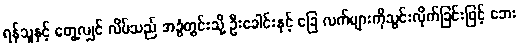
ရန်သူနှင့် တွေ့လျှင် လိပ်သည် အခွံတွင်းသို့ ဦးခေါင်းနှင့် ခြေ လက်များကိုသွင်းလိုက်ခြင်းဖြင့် ဘေး